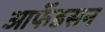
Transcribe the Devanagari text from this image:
आर्फेडसन